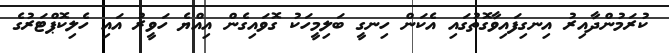
ކުރަމުންދާއިރު އިނގިފައިވާގޮތުގައި އެކަން ހިނގީ ބަލިމީހަކު ގޮވައިގެން އިއްޔެ ހަވީރު އައި ހެލިކޮޕްޓަރުގެ